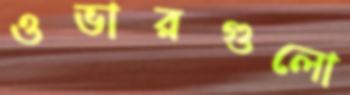
ওভারগুলো